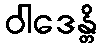
ဝါဒေန္တိ